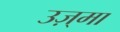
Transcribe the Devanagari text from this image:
उज़्मा